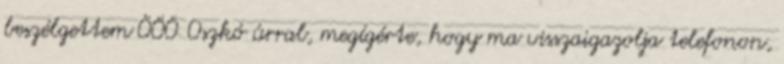
beszélgettem ÖÖÖ Oszkó úrral, megígérte, hogy ma visszaigazolja telefonon,